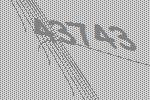
43743